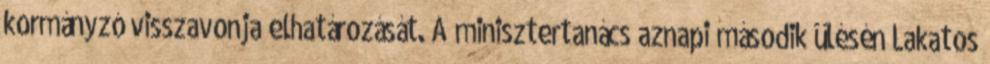
kormányzó visszavonja elhatározását. A minisztertanács aznapi második ülésén Lakatos